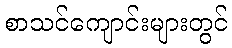
စာသင်ကျောင်းများတွင်